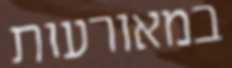
במאורעות